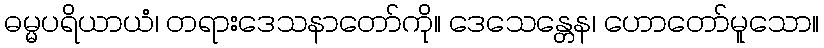
ဓမ္မပရိယာယံ၊ တရားဒေသနာတော်ကို။ ဒေသေန္တေန၊ ဟောတော်မူသော။